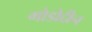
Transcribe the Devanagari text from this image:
गोडोद्दीन